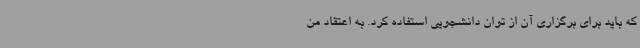
که باید برای برگزاری آن از توان دانشجویی استفاده کرد. به اعتقاد من